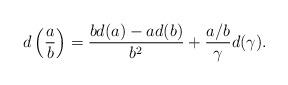
LaTeX: \begin{align*}d\left(\frac{a}{b}\right)=\frac{bd(a) -a d(b)}{b^2}+\frac{a/b}{\gamma}d(\gamma ).\end{align*}